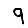
Digit: 9